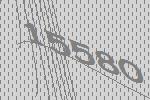
15580